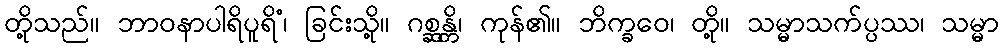
တို့သည်။ ဘာဝနာပါရိပူရိံ၊ ခြင်းသို့။ ဂစ္ဆန္တိ၊ ကုန်၏။ ဘိက္ခဝေ၊ တို့။ သမ္မာသက်ပ္ပဿ၊ သမ္မာ